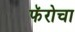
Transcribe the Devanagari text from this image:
फॅरोचा